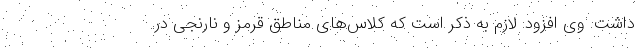
داشت. وی افزود: لازم به ذکر است که کلاس‌های مناطق قرمز و نارنجی در